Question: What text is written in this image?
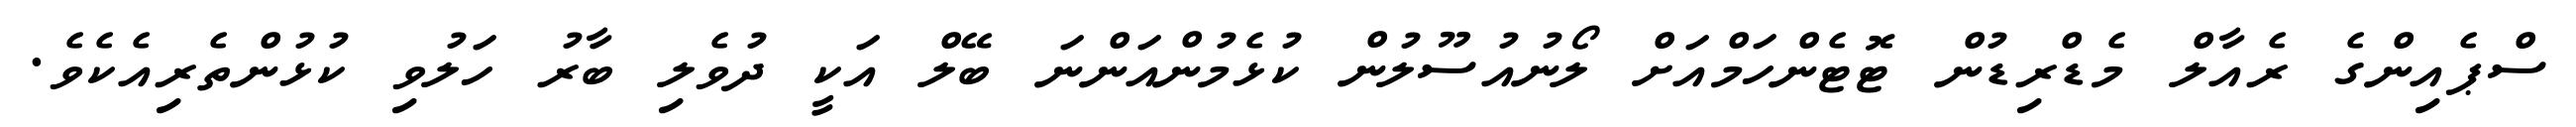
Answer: ސްޕެއިންގެ ރެއާލް މެޑްރިޑުން ޓޮޓެންހަމްއަށް ލޯނުއުސޫލުން ކުޅެމުންއަންނަ ބޭލް އަކީ ދުވެލި ބާރު ހަލުވި ކުޅުންތެރިއެކެވެ.